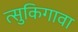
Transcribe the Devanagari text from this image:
त्सुकिगावा